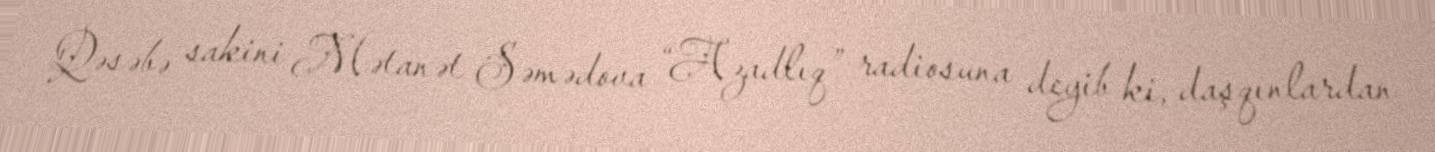
Qəsəbə sakini Mətanət Səmədova “Azadlıq” radiosuna deyib ki, daşqınlardan